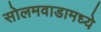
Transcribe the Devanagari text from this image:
सोलमवाडामध्ये